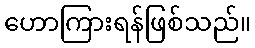
ဟောကြားရန်ဖြစ်သည်။